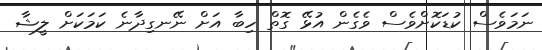
ނަމަވެސް ކުޑަކޮށްވެސް ވެގެން އުޅޭ ގޮތް ހިބާ އަށް ނޭނގިދާނެ ކަމަކަށް ލީޝާ